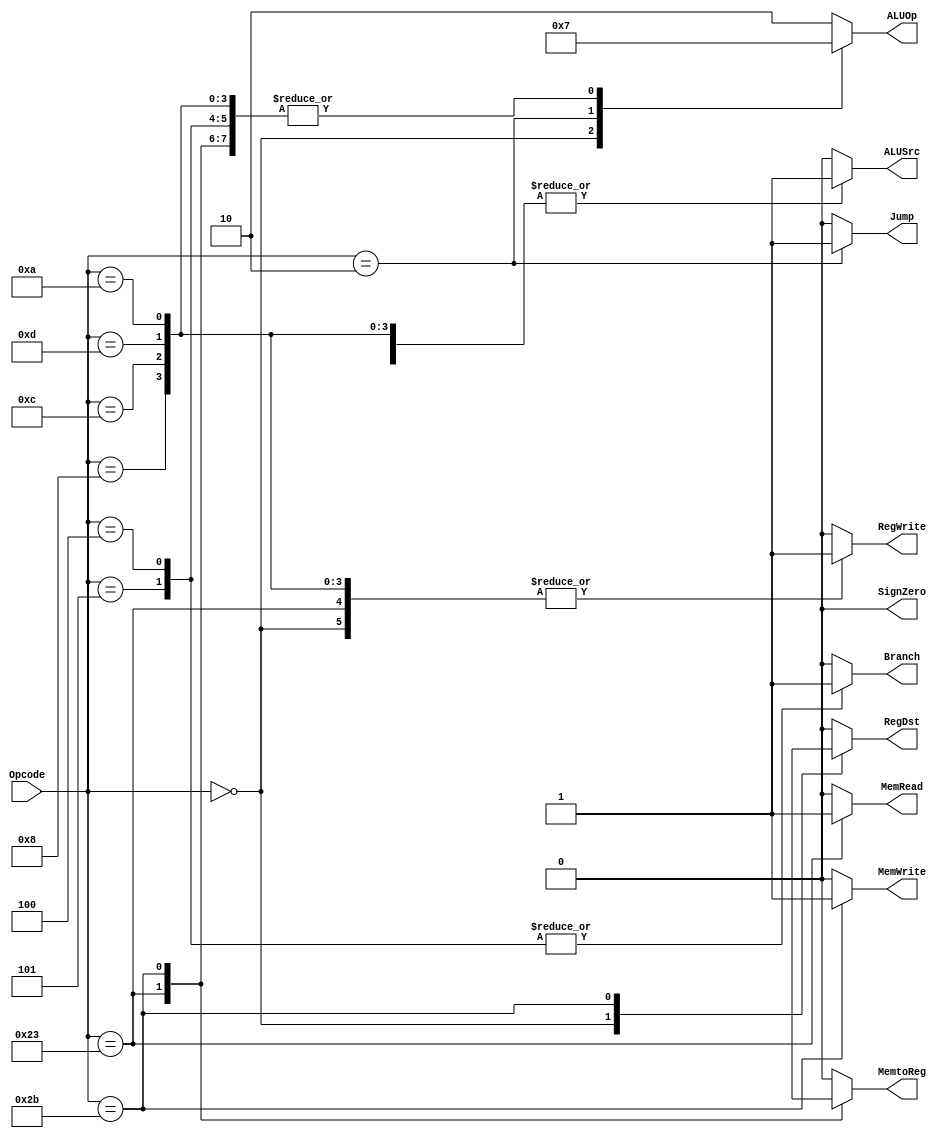
`timescale 1ns / 1ps
//////////////////////////////////////////////////////////////////////////////////
// Company: 
// Engineer: 
// 
// Design Name: 
// Module Name:    ControlUnit 
// Project Name: 
// Target Devices: 
// Tool versions: 
// Description: 
//
// Dependencies: 
//
// Revision: 
// Revision 0.01 - File Created
// Additional Comments: 
//
//////////////////////////////////////////////////////////////////////////////////
module ControlUnit(input [5:0] Opcode,output reg RegDst,output reg ALUSrc,output reg MemtoReg,output reg RegWrite,output reg MemRead,output reg MemWrite,
output reg Branch,output reg Jump,output reg SignZero,
output reg [1:0] ALUOp);
always @ *
casex (Opcode)
 6'b000000 : begin // R - type
     RegDst = 1'b1;
     ALUSrc = 1'b0;
     MemtoReg= 1'b0;
     RegWrite= 1'b1;
     MemRead = 1'b0;
     MemWrite= 1'b0;
     Branch = 1'b0;
     ALUOp = 2'b00;
     Jump = 1'b0;
     SignZero= 1'b0;
    end
 6'b100011 : begin // lw - load word
     RegDst = 1'b0;
     ALUSrc = 1'b1;
     MemtoReg= 1'b1;
     RegWrite= 1'b1;
     MemRead = 1'b1;
     MemWrite= 1'b0;
     Branch = 1'b0;
     ALUOp = 2'b11;
     Jump = 1'b0;
     SignZero= 1'b0; // sign extend
    end
 6'b101011 : begin // sw - store word
     RegDst = 1'bx;
     ALUSrc = 1'b1;
     MemtoReg= 1'bx;
     RegWrite= 1'b0;
     MemRead = 1'b0;
     MemWrite= 1'b1;
     Branch = 1'b0;
     ALUOp = 2'b11;
     Jump = 1'b0;
     SignZero= 1'b0;
    end
 6'b000101 : begin // bne - branch if not equal
     RegDst = 1'b0;
     ALUSrc = 1'b0;
     MemtoReg= 1'b0;
     RegWrite= 1'b0;
     MemRead = 1'b0;
     MemWrite= 1'b0;
     Branch = 1'b1;
     ALUOp = 2'b11;
     Jump = 1'b0;
     SignZero= 1'b0; // sign extend
    end
6'b000100 : begin // beq
     RegDst = 1'b0;
     ALUSrc = 1'b0;
     MemtoReg= 1'b0;
     RegWrite= 1'b0;
     MemRead = 1'b0;
     MemWrite= 1'b0;
     Branch = 1'b1;
     ALUOp = 2'b11;
     Jump = 1'b0;
     SignZero= 1'b0; // sign extend
    end
 6'b000010 : begin // j - Jump
     RegDst = 1'b0;
     ALUSrc = 1'b0;
     MemtoReg= 1'b0;
     RegWrite= 1'b0;
     MemRead = 1'b0;
     MemWrite= 1'b0;
     Branch = 1'b0;
     ALUOp = 2'b01;
     Jump = 1'b1;
     SignZero= 1'b0;
    end
6'b001000: // addi
begin 
     RegDst = 1'b0;
     ALUSrc = 1'b1;
     MemtoReg= 1'b0;
     RegWrite= 1'b1;
     MemRead = 1'b0;
     MemWrite= 1'b0;
     Branch = 1'b0;
     ALUOp = 2'b11;
     Jump = 1'b0;
     SignZero= 1'b0;
    end
6'b001100: // andi
begin 
     RegDst = 1'b0;
     ALUSrc = 1'b1;
     MemtoReg= 1'b0;
     RegWrite= 1'b1;
     MemRead = 1'b0;
     MemWrite= 1'b0;
     Branch = 1'b0;
     ALUOp = 2'b11;
     Jump = 1'b0;
     SignZero= 1'b0;
    end
6'b001101: //ori
begin 
     RegDst = 1'b0;
     ALUSrc = 1'b1;
     MemtoReg= 1'b0;
     RegWrite= 1'b1;
     MemRead = 1'b0;
     MemWrite= 1'b0;
     Branch = 1'b0;
     ALUOp = 2'b11;
     Jump = 1'b0;
     SignZero= 1'b0;
    end
6'b001010: //slti
 begin 
     RegDst = 1'b0;
     ALUSrc = 1'b1;
     MemtoReg= 1'b0;
     RegWrite= 1'b1;
     MemRead = 1'b0;
     MemWrite= 1'b0;
     Branch = 1'b0;
     ALUOp = 2'b11;
     Jump = 1'b0;
     SignZero= 1'b0;
    end
 default : begin 
     RegDst = 1'b0;
     ALUSrc = 1'b0;
     MemtoReg= 1'b0;
     RegWrite= 1'b0;
     MemRead = 1'b0;
     MemWrite= 1'b0;
     Branch = 1'b0;
     ALUOp = 2'b10;
     Jump = 1'b0;
     SignZero= 1'b0;
    end
endcase

endmodule